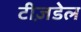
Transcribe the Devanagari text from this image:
टीज़डेल